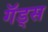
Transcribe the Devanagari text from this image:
गॅड्स